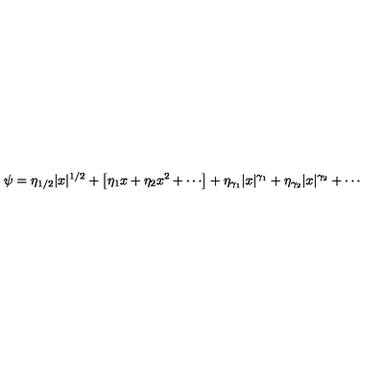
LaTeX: \psi = \eta _ { 1 / 2 } | x | ^ { 1 / 2 } + \left[ \eta _ { 1 } x + \eta _ { 2 } x ^ { 2 } + \cdots \right] + \eta _ { \gamma _ { 1 } } | x | ^ { \gamma _ { 1 } } + \eta _ { \gamma _ { 2 } } | x | ^ { \gamma _ { 2 } } + \cdots